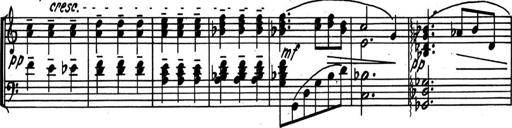
Title: Kleine Sonate
Composer: Raoul Koczalski
Key: C major